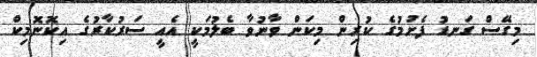
މިގޭސް ގަނޑު ފެށުމުގެ ކުރިން މިކަން ވާނުވާ ބެލުމަކީ އެއީ ސަރުކާރުގެ އިކޮނޮމިކް